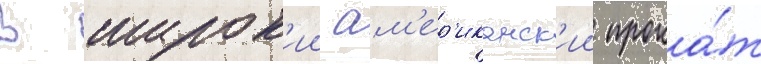
В широк'ии ам'ер'иканск'ии прока́т